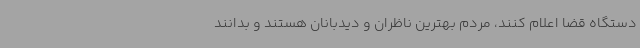
دستگاه قضا اعلام کنند، مردم بهترین ناظران و دیدبانان هستند و بدانند